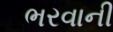
ભરવાની